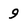
Character: 9